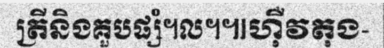
ត្រីនិងគួបផ្សំ។ល។៕ហ៊ឺវតុង-